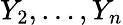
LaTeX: Y_{2},\dots,Y_{n}